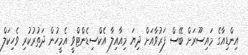
އިންޑިއާގެ މައިސޫރަށް ބޭސް ފަރުވާއަށް ދިޔަ މިއާއިލާ އެކްސިޑެންޓްވީ އެމީހުން ދަތުރުކުރި ވެހިކަލް